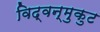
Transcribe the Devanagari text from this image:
विद्वन्मुकुट